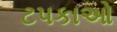
ટપકાઓ